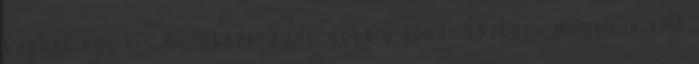
kaphat egy kis mellékszerepet. sokáig gondolkoztam, milyen is volt